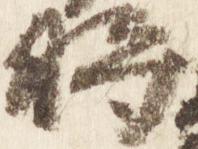
将